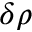
\delta \rho